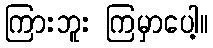
ကြားဘူး ကြမှာပေါ့။